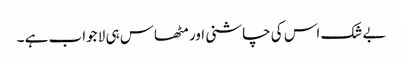
بےشک اس کی چاشنی اور مٹھاس ہی لا جواب ہے ۔